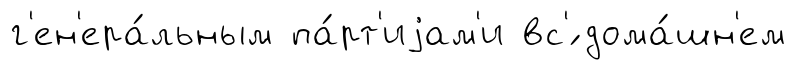
г'ен'ера́льным па́рт'иjам'и вс'́ дома́шн'ем